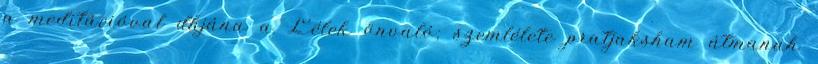
a meditációval dhjána a Lélek önvaló; szemlélete pratjaksham átmanah